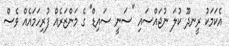
އެކަމަކު ރީނދޫ ކުލަ ނުޖައްސައި "ސަނީ ސައިޑް" ގެ މަންޒަރެއް ފުރިހަމައެއް ވެސް